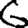
Digit: 6